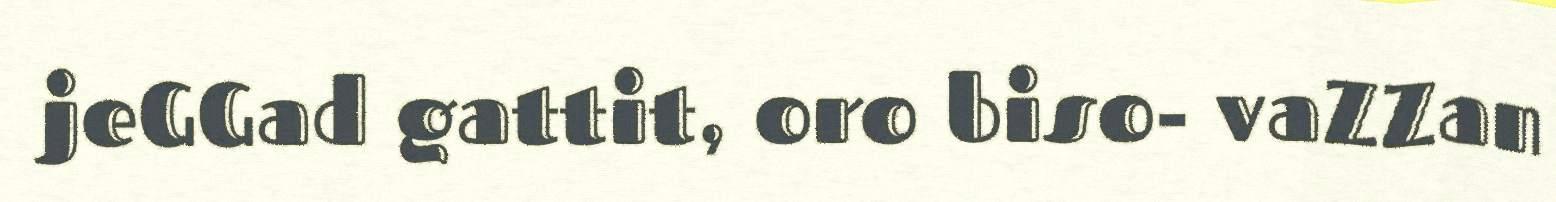
jeGGad gattit, oro biso- vaZZan